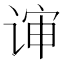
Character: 谉